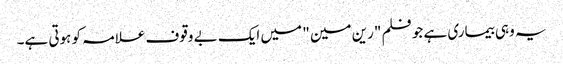
یہ وہی بیماری ہے جو فلم "رین مین " میں ایک بے وقوف علامہ کو ہوتی ہے۔